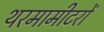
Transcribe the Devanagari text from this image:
थरमामीटरों